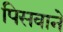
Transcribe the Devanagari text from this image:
पिसवाने